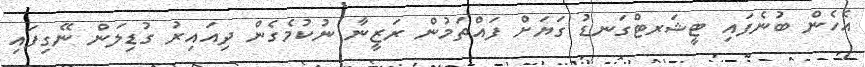
އެހެން ބުނެފައި ޓީޝަރޓްގަނޑު ގަޔަށް ފައްތަމުން ރަޒީނާ ނުކުމެގެން ދިއައިރު ގުޑިލަން ނޭގިފައި